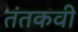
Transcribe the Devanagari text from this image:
तंतकवी